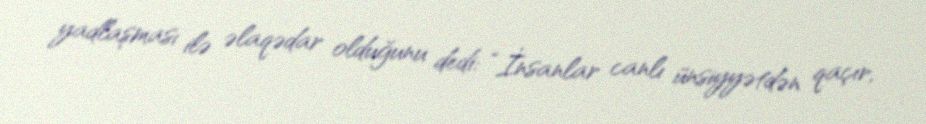
yadlaşması ilə əlaqədar olduğunu dedi: “İnsanlar canlı ünsiyyətdən qaçır,